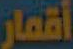
أقمار